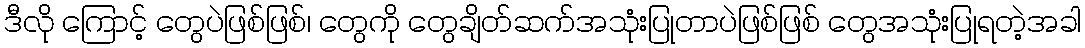
ဒီလို ကြောင့် တွေပဲဖြစ်ဖြစ်၊ တွေကို တွေချိတ်ဆက်အသုံးပြုတာပဲဖြစ်ဖြစ် တွေအသုံးပြုရတဲ့အခါ